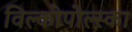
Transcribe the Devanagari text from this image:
विल्कोपोल्स्का